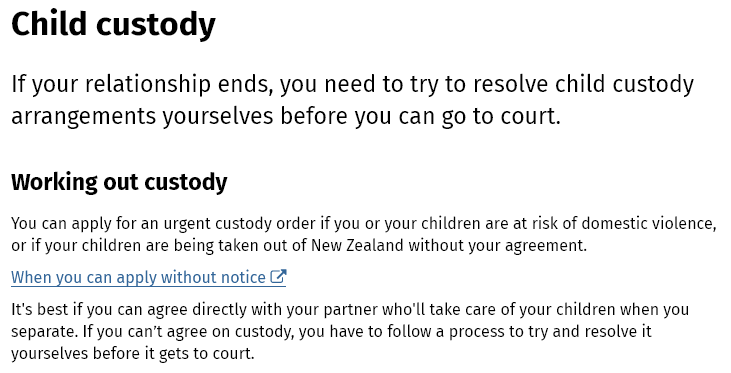
Child    custody
  If your relationship    ends,  you  need to try   to resolve  child  custody
  arrangements    yourselves    before  you  can  go to  court.
  Working   out  custody
  You can apply for an urgent custody order if you or your children are at risk of domestic violence,
  or if your children are being taken out of New Zealand without your agreement.
  It's best if you can agree directly with your partner who'll take care of your children when you
  separate. If you can’t agree on custody, you have to follow a process to try and resolve it
  yourselves before it gets to court.
  When you can apply   without notice &